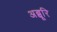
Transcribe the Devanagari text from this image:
अब्बूरि